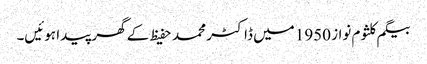
بیگم کلثوم نواز 1950 میں ڈاکٹر محمد حفیظ کے گھر پیدا ہوئیں۔